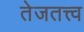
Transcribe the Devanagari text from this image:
तेजतत्त्व